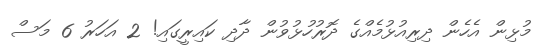
މުޅިން އެހެން ދިރިއުޅުމެއްގެ ދޮރުހުޅުވުން ދާދި ކައިރީގައި! 2 އަހަރު 6 މަސް